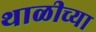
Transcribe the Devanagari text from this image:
थाळीच्या